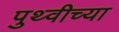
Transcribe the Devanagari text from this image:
पुथ्वीच्या